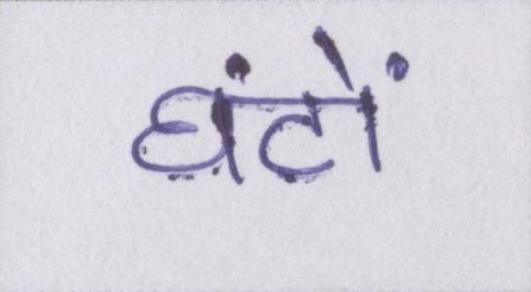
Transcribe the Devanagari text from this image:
घंटों